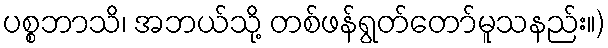
ပစ္စဘာသိ၊ အဘယ်သို့ တစ်ဖန်ရွတ်တော်မူသနည်း။)